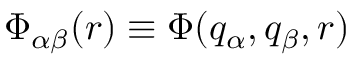
\Phi _ { \alpha \beta } ( r ) \equiv \Phi ( q _ { \alpha } , q _ { \beta } , r )